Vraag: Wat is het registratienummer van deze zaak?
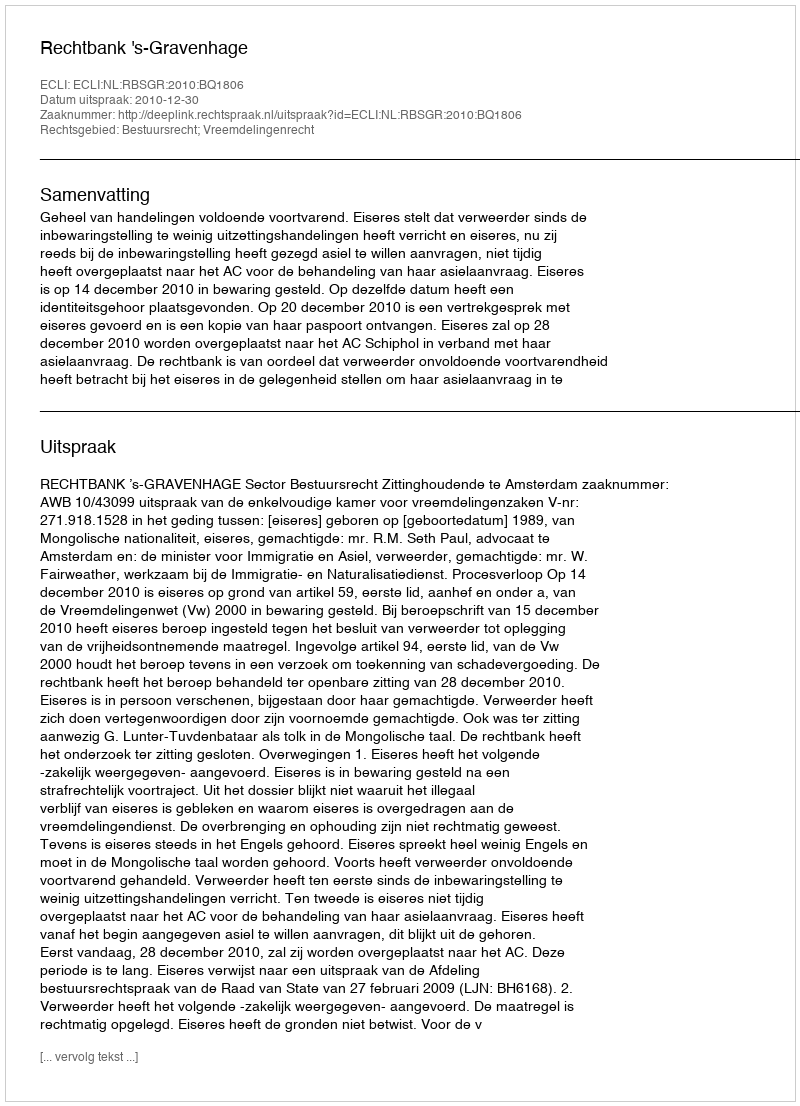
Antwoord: http://deeplink.rechtspraak.nl/uitspraak?id=ECLI:NL:RBSGR:2010:BQ1806